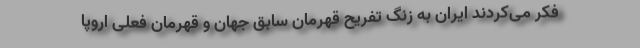
فکر می‌کردند ایران به زنگ تفریح قهرمان سابق جهان و قهرمان فعلی اروپا